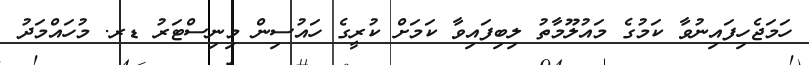
ހަމަޖެހިފައިނުވާ ކަމުގެ މައުލޫމާތު ލިބިފައިވާ ކަމަށް ކުރީގެ ހައުސިން މިނިސްޓަރު ޑރ. މުހައްމަދު